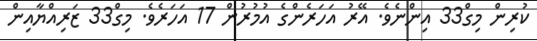
ކުރިން މިގް33 އިންނެވެ. އޭރު އަހަރެންގެ އުމުރުން 17 އަހަރެވެ. މިގް33 ޒަރިއްޔާއިން